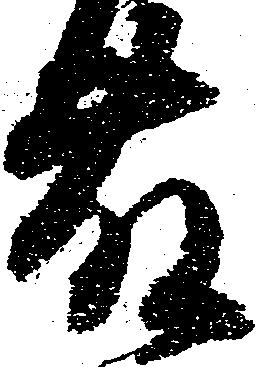
藤